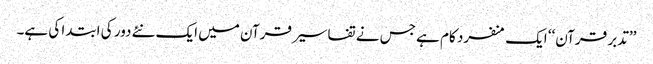
’’تدبر قرآن‘‘ ایک منفرد کام ہے جس نے تفاسیر قرآن میں ایک نئے دور کی ابتدا کی ہے۔